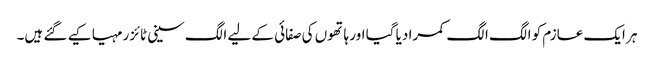
ہر ایک عازم کو الگ الگ کمرا دیا گیا اور ہاتھوں کی صفائی کے لیے الگ سینی ٹائزر مہیا کیے گئے ہیں۔